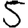
Digit: 5